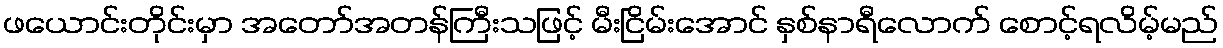
ဖယောင်းတိုင်းမှာ အတော်အတန်ကြီးသဖြင့် မီးငြိမ်းအောင် နှစ်နာရီလောက် စောင့်ရလိမ့်မည်